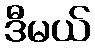
ဒီမယ်